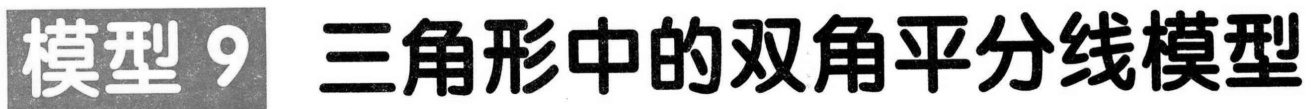
模型 9 三角形中的双角平分线模型